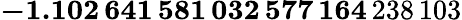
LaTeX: \mathbf{-1.102\, 641\, 581\, 032\, 577\, 164}\, 238\, 103